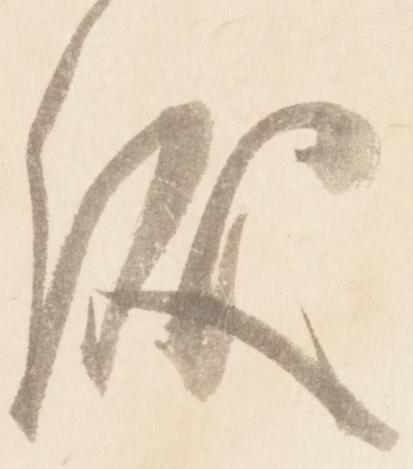
儀